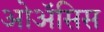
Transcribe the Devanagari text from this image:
ओॲसिस